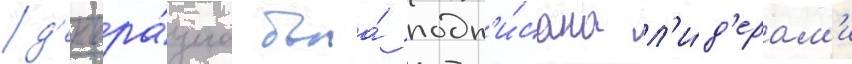
д'еклара́циа была́ подп'и́сана л'и́д'ерам'и